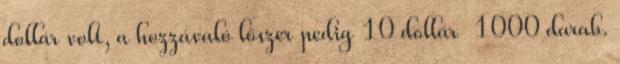
dollár volt, a hozzávaló lőszer pedig 10 dollár 1000 darab.